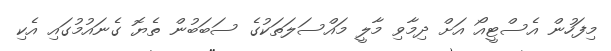
މިފަހުން އެސްޓީއޯ އަށް ދިމާވި މާލީ މައްސަލަތަކުގެ ސަބަބުން ތެޔޮ ގެނައުމުގައި އެކި